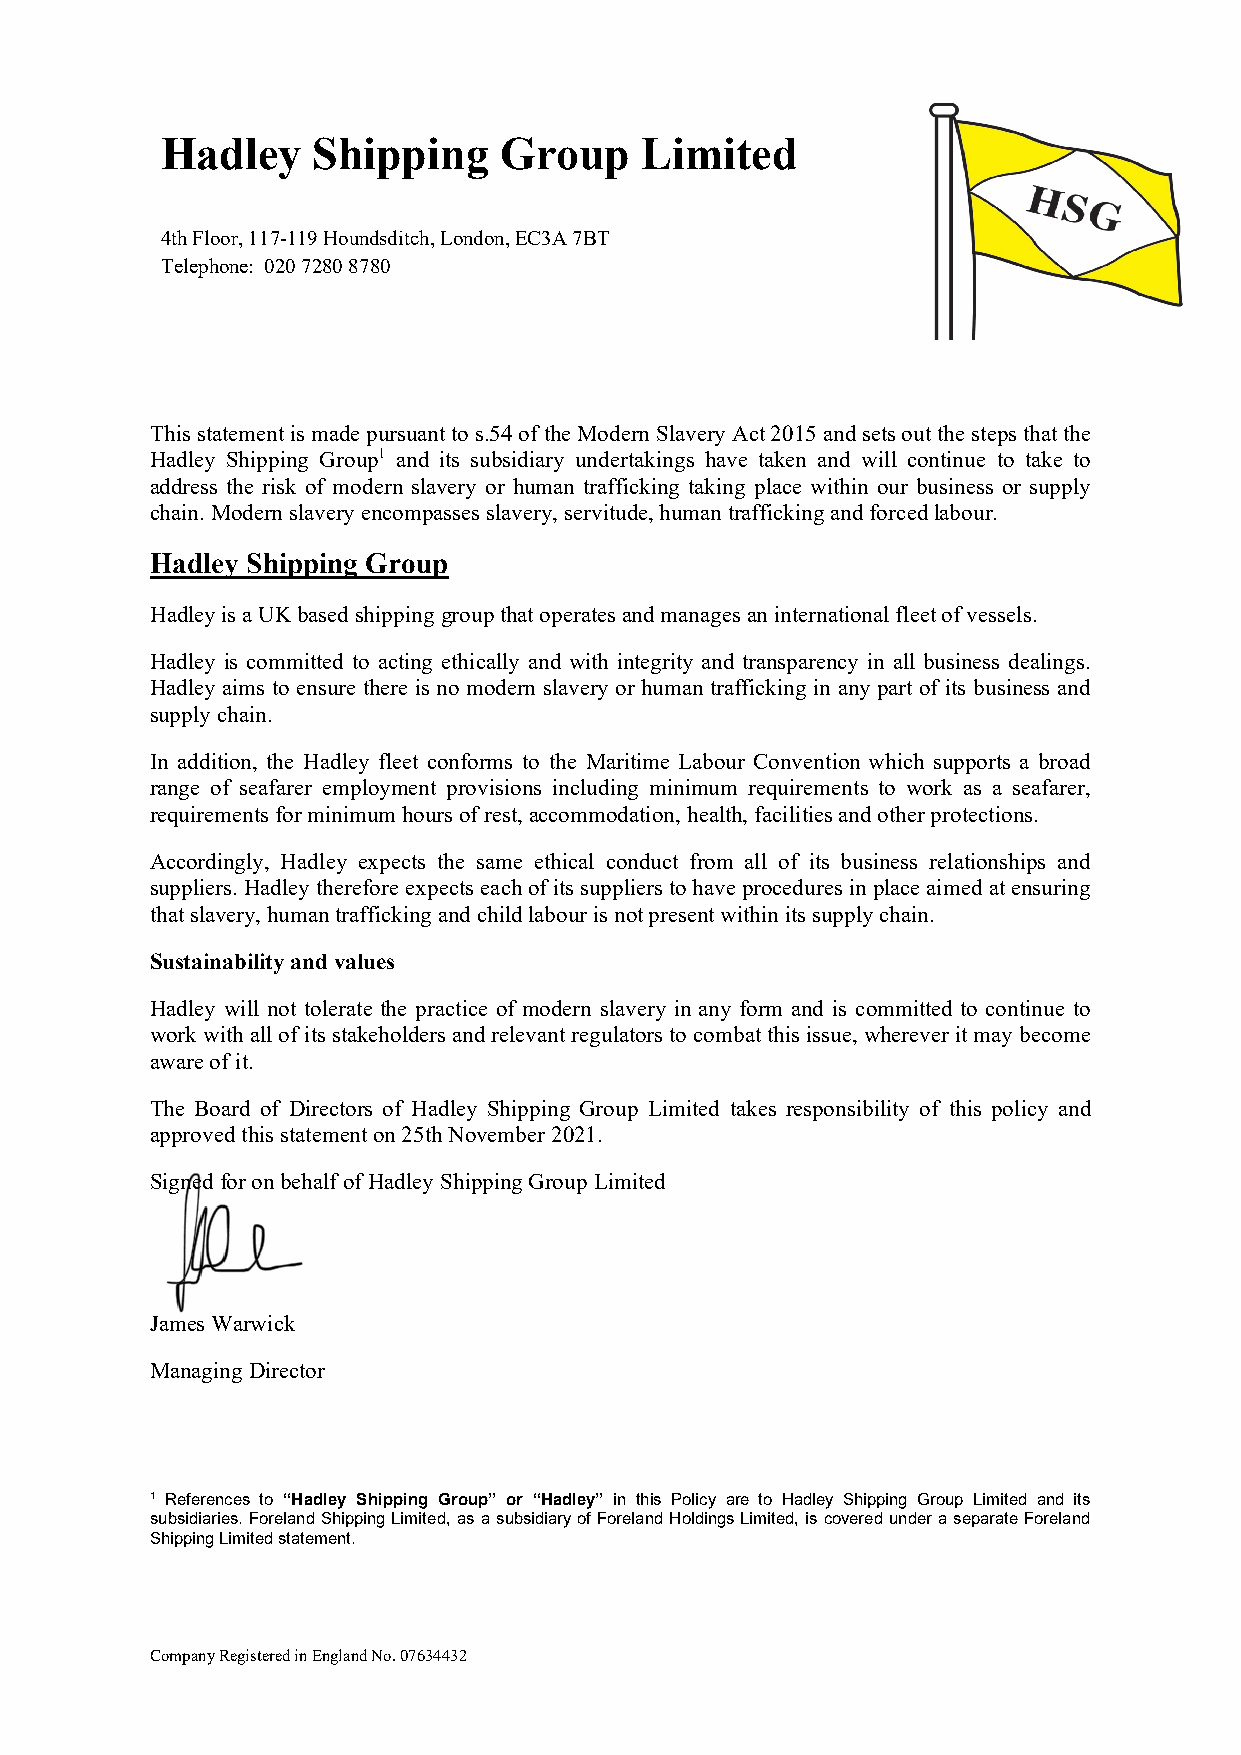
Hadley    Shipping    Group    Limited
 4th Floor, 117-119 Houndsditch, London, EC3A 7BT
 Telephone: 020 7280 8780
 This statement is made pursuant to s.54 of the Modern Slavery Act 2015 and sets out the steps that the
 Hadley Shipping Group1 and its subsidiary undertakings have taken and will continue to take to
 address the risk of modern slavery or human trafficking taking place within our business or supply
 chain. Modern slavery encompasses slavery, servitude, human trafficking and forced labour.
 Hadley Shipping Group
 Hadley is a UK based shipping group that operates and manages an international fleet of vessels.
 Hadley is committed to acting ethically and with integrity and transparency in all business dealings.
 Hadley aims to ensure there is no modern slavery or human trafficking in any part of its business and
 supply chain.
 In addition, the Hadley fleet conforms to the Maritime Labour Convention which supports a broad
 range of seafarer employment provisions including minimum requirements to work as a seafarer,
 requirements for minimum hours of rest, accommodation, health, facilities and other protections.
 Accordingly, Hadley expects the same ethical conduct from all of its business relationships and
 suppliers. Hadley therefore expects each of its suppliers to have procedures in place aimed at ensuring
 that slavery, human trafficking and child labour is not present within its supply chain.
 Sustainability and values
 Hadley will not tolerate the practice of modern slavery in any form and is committed to continue to
 work with all of its stakeholders and relevant regulators to combat this issue, wherever it may become
 aware of it.
 The Board of Directors of Hadley Shipping Group Limited takes responsibility of this policy and
 approved this statement on 25th November 2021.
 Signed for on behalf of Hadley Shipping Group Limited
 James Warwick
 Managing Director
 1 References to “Hadley Shipping Group” or “Hadley” in this Policy are to Hadley Shipping Group Limited and its
 subsidiaries. Foreland Shipping Limited, as a subsidiary of Foreland Holdings Limited, is covered under a separate Foreland
 Shipping Limited statement.
 Company Registered in England No. 07634432